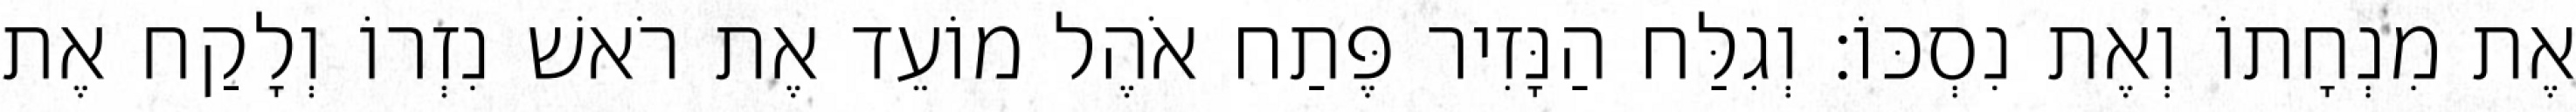
אֶת מִנְחָתוֹ וְאֶת נִסְכּוֹ׃ וְגִלַּח הַנָּזִיר פֶּתַח אֹהֶל מוֹעֵד אֶת רֹאשׁ נִזְרוֹ וְלָקַח אֶת